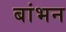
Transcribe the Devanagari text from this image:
बांभन